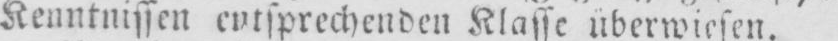
Kenntnissen entsprechenden Klasse überwiesen.